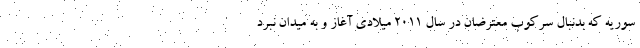
سوریه که بدنبال سرکوب معترضان در سال ۲۰۱۱ میلادی آغاز و به میدان نبرد